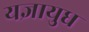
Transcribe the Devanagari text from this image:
यज्ञायुध